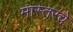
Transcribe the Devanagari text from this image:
मास्तरचे